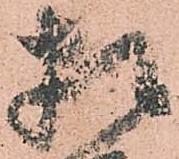
相